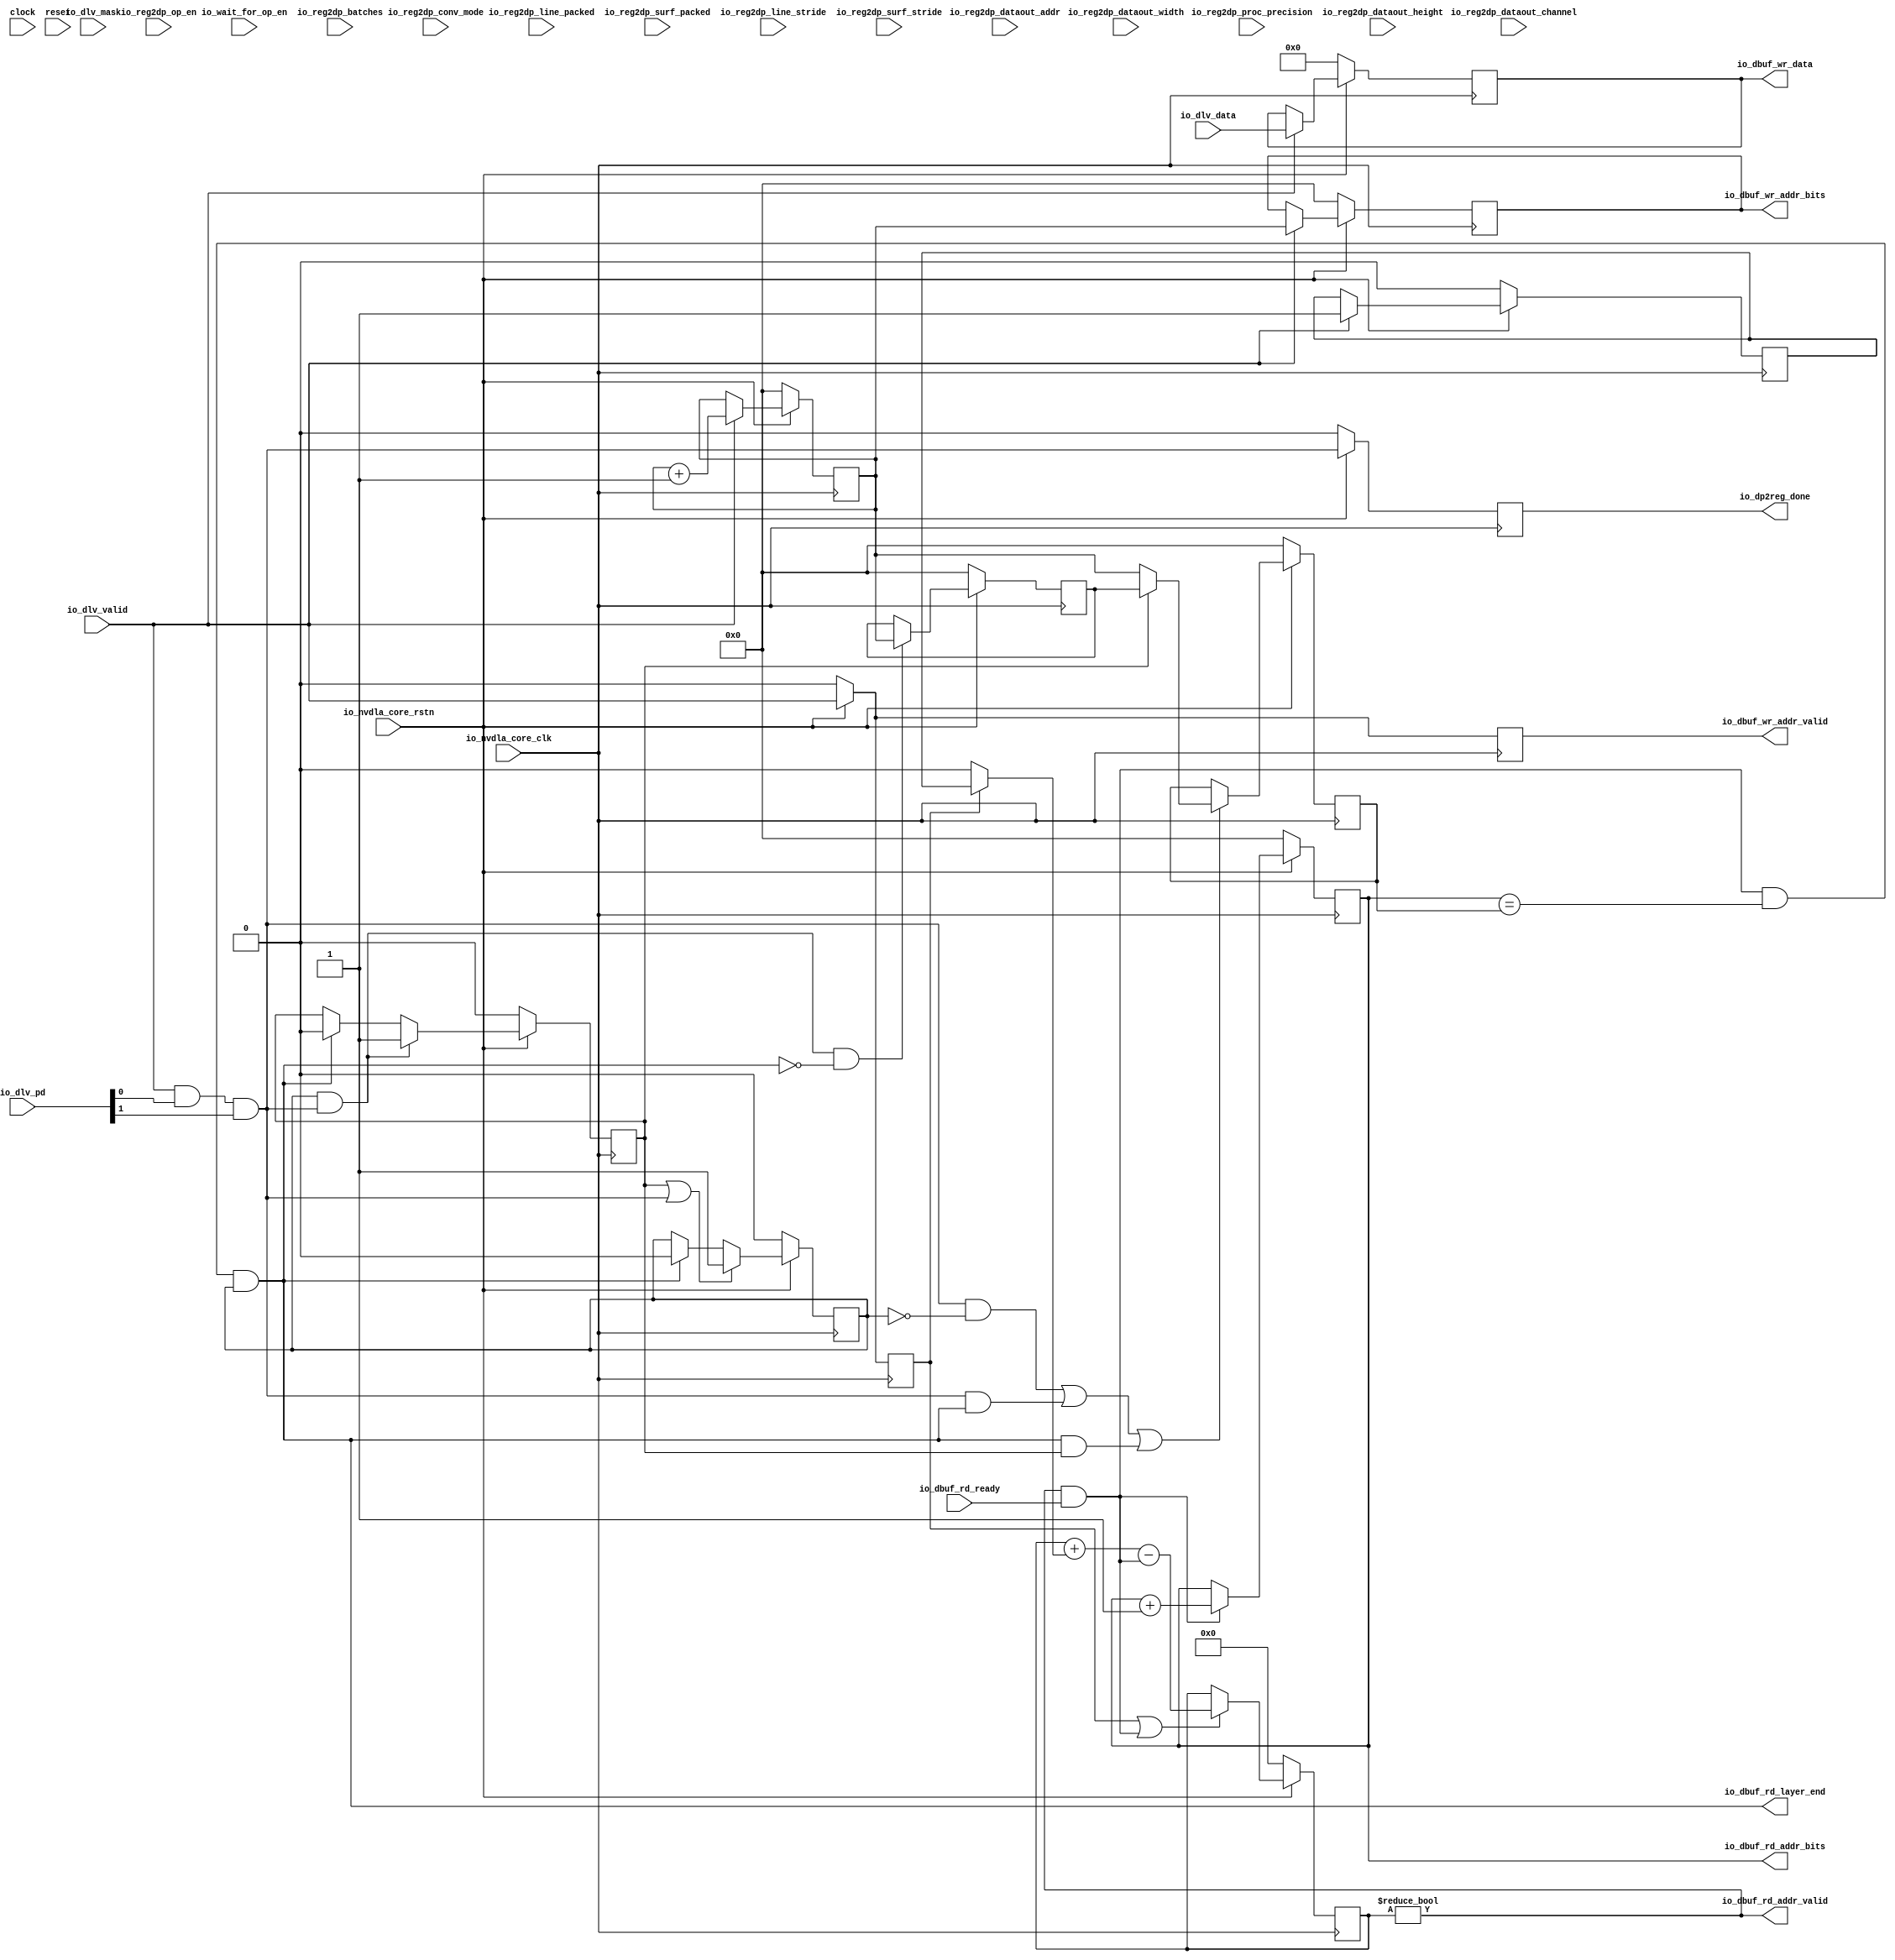
module NV_soDLA_CACC_delivery_ctrl_gate( // @[:@3.2]
  input           clock, // @[:@4.4]
  input           reset, // @[:@5.4]
  input           io_nvdla_core_clk, // @[:@6.4]
  input           io_nvdla_core_rstn, // @[:@6.4]
  input           io_dbuf_rd_ready, // @[:@6.4]
  output          io_dbuf_rd_addr_valid, // @[:@6.4]
  output [5:0]    io_dbuf_rd_addr_bits, // @[:@6.4]
  output          io_dbuf_rd_layer_end, // @[:@6.4]
  output          io_dbuf_wr_addr_valid, // @[:@6.4]
  output [5:0]    io_dbuf_wr_addr_bits, // @[:@6.4]
  output [1023:0] io_dbuf_wr_data, // @[:@6.4]
  output          io_dp2reg_done, // @[:@6.4]
  input  [1023:0] io_dlv_data, // @[:@6.4]
  input           io_dlv_mask, // @[:@6.4]
  input  [1:0]    io_dlv_pd, // @[:@6.4]
  input           io_dlv_valid, // @[:@6.4]
  input           io_wait_for_op_en, // @[:@6.4]
  input           io_reg2dp_op_en, // @[:@6.4]
  input           io_reg2dp_conv_mode, // @[:@6.4]
  input  [1:0]    io_reg2dp_proc_precision, // @[:@6.4]
  input  [12:0]   io_reg2dp_dataout_width, // @[:@6.4]
  input  [12:0]   io_reg2dp_dataout_height, // @[:@6.4]
  input  [12:0]   io_reg2dp_dataout_channel, // @[:@6.4]
  input  [26:0]   io_reg2dp_dataout_addr, // @[:@6.4]
  input           io_reg2dp_line_packed, // @[:@6.4]
  input           io_reg2dp_surf_packed, // @[:@6.4]
  input  [4:0]    io_reg2dp_batches, // @[:@6.4]
  input  [23:0]   io_reg2dp_line_stride, // @[:@6.4]
  input  [23:0]   io_reg2dp_surf_stride // @[:@6.4]
);
  wire  _T_60; // @[NV_soDLA_CACC_delivery_ctrl_gate.scala 70:38:@8.4]
  wire  dlv_stripe_end; // @[NV_soDLA_CACC_delivery_ctrl_gate.scala 75:31:@9.4]
  wire  dlv_layer_end; // @[NV_soDLA_CACC_delivery_ctrl_gate.scala 76:30:@10.4]
  reg [5:0] dbuf_wr_addr_pre; // @[NV_soDLA_CACC_delivery_ctrl_gate.scala 81:31:@11.4]
  reg [31:0] _RAND_0;
  reg [5:0] dbuf_wr_addr_out; // @[NV_soDLA_CACC_delivery_ctrl_gate.scala 82:31:@12.4]
  reg [31:0] _RAND_1;
  reg  dbuf_wr_en_out; // @[NV_soDLA_CACC_delivery_ctrl_gate.scala 83:29:@13.4]
  reg [31:0] _RAND_2;
  reg [1023:0] dbuf_wr_data_out; // @[NV_soDLA_CACC_delivery_ctrl_gate.scala 84:31:@14.4]
  reg [1023:0] _RAND_3;
  wire [6:0] _T_70; // @[NV_soDLA_CACC_delivery_ctrl_gate.scala 86:39:@15.4]
  wire [5:0] dbuf_wr_addr_w; // @[NV_soDLA_CACC_delivery_ctrl_gate.scala 86:39:@16.4]
  wire [5:0] _GEN_0; // @[NV_soDLA_CACC_delivery_ctrl_gate.scala 89:19:@18.4]
  wire [5:0] _GEN_1; // @[NV_soDLA_CACC_delivery_ctrl_gate.scala 89:19:@18.4]
  wire [1023:0] _GEN_2; // @[NV_soDLA_CACC_delivery_ctrl_gate.scala 89:19:@18.4]
  reg  dlv_data_add_valid; // @[NV_soDLA_CACC_delivery_ctrl_gate.scala 105:71:@27.4]
  reg [31:0] _RAND_4;
  reg  dlv_data_add_size; // @[NV_soDLA_CACC_delivery_ctrl_gate.scala 107:70:@29.4]
  reg [31:0] _RAND_5;
  wire  _GEN_3; // @[NV_soDLA_CACC_delivery_ctrl_gate.scala 114:30:@33.4]
  reg [63:0] dlv_data_avl; // @[NV_soDLA_CACC_delivery_ctrl_gate.scala 124:27:@37.4]
  reg [63:0] _RAND_6;
  wire  dlv_data_avl_add; // @[NV_soDLA_CACC_delivery_ctrl_gate.scala 126:27:@38.4]
  wire  dlv_pop; // @[NV_soDLA_CACC_delivery_ctrl_gate.scala 138:34:@50.4]
  wire [63:0] _GEN_8; // @[NV_soDLA_CACC_delivery_ctrl_gate.scala 129:35:@40.4]
  wire [64:0] _T_85; // @[NV_soDLA_CACC_delivery_ctrl_gate.scala 129:35:@40.4]
  wire [63:0] _T_86; // @[NV_soDLA_CACC_delivery_ctrl_gate.scala 129:35:@41.4]
  wire [63:0] _GEN_9; // @[NV_soDLA_CACC_delivery_ctrl_gate.scala 129:54:@42.4]
  wire [64:0] _T_87; // @[NV_soDLA_CACC_delivery_ctrl_gate.scala 129:54:@42.4]
  wire [64:0] _T_88; // @[NV_soDLA_CACC_delivery_ctrl_gate.scala 129:54:@43.4]
  wire [63:0] dlv_data_avl_w; // @[NV_soDLA_CACC_delivery_ctrl_gate.scala 129:54:@44.4]
  wire  _T_89; // @[NV_soDLA_CACC_delivery_ctrl_gate.scala 131:25:@45.4]
  wire [63:0] _GEN_4; // @[NV_soDLA_CACC_delivery_ctrl_gate.scala 131:46:@46.4]
  reg [5:0] dbuf_rd_addr_cnt; // @[NV_soDLA_CACC_delivery_ctrl_gate.scala 136:31:@49.4]
  reg [31:0] _RAND_7;
  wire [6:0] _T_94; // @[NV_soDLA_CACC_delivery_ctrl_gate.scala 139:45:@52.4]
  wire [5:0] dbuf_rd_addr_cnt_inc; // @[NV_soDLA_CACC_delivery_ctrl_gate.scala 139:45:@53.4]
  wire  _T_96; // @[NV_soDLA_CACC_delivery_ctrl_gate.scala 140:33:@54.4]
  wire  dbuf_empty; // @[NV_soDLA_CACC_delivery_ctrl_gate.scala 140:18:@55.4]
  wire [5:0] _GEN_5; // @[NV_soDLA_CACC_delivery_ctrl_gate.scala 144:14:@59.4]
  wire  _T_98; // @[NV_soDLA_CACC_delivery_ctrl_gate.scala 149:34:@62.4]
  wire  dp2reg_done_w; // @[NV_soDLA_CACC_delivery_ctrl_gate.scala 149:51:@63.4]
  reg  _T_101; // @[NV_soDLA_CACC_delivery_ctrl_gate.scala 150:26:@64.4]
  reg [31:0] _RAND_8;
  reg  dlv_end_tag0_vld; // @[NV_soDLA_CACC_delivery_ctrl_gate.scala 153:31:@67.4]
  reg [31:0] _RAND_9;
  reg  dlv_end_tag1_vld; // @[NV_soDLA_CACC_delivery_ctrl_gate.scala 154:31:@68.4]
  reg [31:0] _RAND_10;
  reg [5:0] dlv_end_tag0_addr; // @[NV_soDLA_CACC_delivery_ctrl_gate.scala 155:32:@69.4]
  reg [31:0] _RAND_11;
  reg [5:0] dlv_end_tag1_addr; // @[NV_soDLA_CACC_delivery_ctrl_gate.scala 156:32:@70.4]
  reg [31:0] _RAND_12;
  wire  _T_111; // @[NV_soDLA_CACC_delivery_ctrl_gate.scala 160:51:@73.4]
  wire  _T_112; // @[NV_soDLA_CACC_delivery_ctrl_gate.scala 160:27:@74.4]
  wire  dlv_end_clr; // @[NV_soDLA_CACC_delivery_ctrl_gate.scala 160:74:@75.4]
  wire  _T_113; // @[NV_soDLA_CACC_delivery_ctrl_gate.scala 161:47:@76.4]
  wire  _T_116; // @[NV_soDLA_CACC_delivery_ctrl_gate.scala 161:73:@77.4]
  wire  dlv_end_tag0_vld_w; // @[NV_soDLA_CACC_delivery_ctrl_gate.scala 161:29:@78.4]
  wire  _T_117; // @[NV_soDLA_CACC_delivery_ctrl_gate.scala 162:47:@79.4]
  wire  _T_120; // @[NV_soDLA_CACC_delivery_ctrl_gate.scala 162:73:@80.4]
  wire  dlv_end_tag1_vld_w; // @[NV_soDLA_CACC_delivery_ctrl_gate.scala 162:29:@81.4]
  wire  _T_121; // @[NV_soDLA_CACC_delivery_ctrl_gate.scala 163:38:@82.4]
  wire  _T_122; // @[NV_soDLA_CACC_delivery_ctrl_gate.scala 163:36:@83.4]
  wire  _T_123; // @[NV_soDLA_CACC_delivery_ctrl_gate.scala 163:72:@84.4]
  wire  _T_124; // @[NV_soDLA_CACC_delivery_ctrl_gate.scala 163:57:@85.4]
  wire  _T_125; // @[NV_soDLA_CACC_delivery_ctrl_gate.scala 163:101:@86.4]
  wire  dlv_end_tag0_en; // @[NV_soDLA_CACC_delivery_ctrl_gate.scala 163:87:@87.4]
  wire  _T_126; // @[NV_soDLA_CACC_delivery_ctrl_gate.scala 164:36:@88.4]
  wire  _T_127; // @[NV_soDLA_CACC_delivery_ctrl_gate.scala 164:57:@89.4]
  wire  dlv_end_tag1_en; // @[NV_soDLA_CACC_delivery_ctrl_gate.scala 164:55:@90.4]
  wire [5:0] dlv_end_tag0_addr_w; // @[NV_soDLA_CACC_delivery_ctrl_gate.scala 165:30:@91.4]
  wire [5:0] _GEN_6; // @[NV_soDLA_CACC_delivery_ctrl_gate.scala 171:22:@95.4]
  wire [5:0] _GEN_7; // @[NV_soDLA_CACC_delivery_ctrl_gate.scala 174:22:@98.4]
  assign _T_60 = io_nvdla_core_rstn == 1'h0; // @[NV_soDLA_CACC_delivery_ctrl_gate.scala 70:38:@8.4]
  assign dlv_stripe_end = io_dlv_pd[0]; // @[NV_soDLA_CACC_delivery_ctrl_gate.scala 75:31:@9.4]
  assign dlv_layer_end = io_dlv_pd[1]; // @[NV_soDLA_CACC_delivery_ctrl_gate.scala 76:30:@10.4]
  assign _T_70 = dbuf_wr_addr_pre + 6'h1; // @[NV_soDLA_CACC_delivery_ctrl_gate.scala 86:39:@15.4]
  assign dbuf_wr_addr_w = dbuf_wr_addr_pre + 6'h1; // @[NV_soDLA_CACC_delivery_ctrl_gate.scala 86:39:@16.4]
  assign _GEN_0 = io_dlv_valid ? dbuf_wr_addr_w : dbuf_wr_addr_pre; // @[NV_soDLA_CACC_delivery_ctrl_gate.scala 89:19:@18.4]
  assign _GEN_1 = io_dlv_valid ? dbuf_wr_addr_pre : dbuf_wr_addr_out; // @[NV_soDLA_CACC_delivery_ctrl_gate.scala 89:19:@18.4]
  assign _GEN_2 = io_dlv_valid ? io_dlv_data : dbuf_wr_data_out; // @[NV_soDLA_CACC_delivery_ctrl_gate.scala 89:19:@18.4]
  assign _GEN_3 = io_dlv_valid ? 1'h1 : dlv_data_add_size; // @[NV_soDLA_CACC_delivery_ctrl_gate.scala 114:30:@33.4]
  assign dlv_data_avl_add = dlv_data_add_valid ? dlv_data_add_size : 1'h0; // @[NV_soDLA_CACC_delivery_ctrl_gate.scala 126:27:@38.4]
  assign dlv_pop = io_dbuf_rd_addr_valid & io_dbuf_rd_ready; // @[NV_soDLA_CACC_delivery_ctrl_gate.scala 138:34:@50.4]
  assign _GEN_8 = {{63'd0}, dlv_data_avl_add}; // @[NV_soDLA_CACC_delivery_ctrl_gate.scala 129:35:@40.4]
  assign _T_85 = dlv_data_avl + _GEN_8; // @[NV_soDLA_CACC_delivery_ctrl_gate.scala 129:35:@40.4]
  assign _T_86 = dlv_data_avl + _GEN_8; // @[NV_soDLA_CACC_delivery_ctrl_gate.scala 129:35:@41.4]
  assign _GEN_9 = {{63'd0}, dlv_pop}; // @[NV_soDLA_CACC_delivery_ctrl_gate.scala 129:54:@42.4]
  assign _T_87 = _T_86 - _GEN_9; // @[NV_soDLA_CACC_delivery_ctrl_gate.scala 129:54:@42.4]
  assign _T_88 = $unsigned(_T_87); // @[NV_soDLA_CACC_delivery_ctrl_gate.scala 129:54:@43.4]
  assign dlv_data_avl_w = _T_88[63:0]; // @[NV_soDLA_CACC_delivery_ctrl_gate.scala 129:54:@44.4]
  assign _T_89 = dlv_data_add_valid | dlv_pop; // @[NV_soDLA_CACC_delivery_ctrl_gate.scala 131:25:@45.4]
  assign _GEN_4 = _T_89 ? dlv_data_avl_w : dlv_data_avl; // @[NV_soDLA_CACC_delivery_ctrl_gate.scala 131:46:@46.4]
  assign _T_94 = dbuf_rd_addr_cnt + 6'h1; // @[NV_soDLA_CACC_delivery_ctrl_gate.scala 139:45:@52.4]
  assign dbuf_rd_addr_cnt_inc = dbuf_rd_addr_cnt + 6'h1; // @[NV_soDLA_CACC_delivery_ctrl_gate.scala 139:45:@53.4]
  assign _T_96 = dlv_data_avl != 64'h0; // @[NV_soDLA_CACC_delivery_ctrl_gate.scala 140:33:@54.4]
  assign dbuf_empty = ~ _T_96; // @[NV_soDLA_CACC_delivery_ctrl_gate.scala 140:18:@55.4]
  assign _GEN_5 = dlv_pop ? dbuf_rd_addr_cnt_inc : dbuf_rd_addr_cnt; // @[NV_soDLA_CACC_delivery_ctrl_gate.scala 144:14:@59.4]
  assign _T_98 = io_dlv_valid & dlv_stripe_end; // @[NV_soDLA_CACC_delivery_ctrl_gate.scala 149:34:@62.4]
  assign dp2reg_done_w = _T_98 & dlv_layer_end; // @[NV_soDLA_CACC_delivery_ctrl_gate.scala 149:51:@63.4]
  assign _T_111 = io_dbuf_rd_addr_bits == dlv_end_tag0_addr; // @[NV_soDLA_CACC_delivery_ctrl_gate.scala 160:51:@73.4]
  assign _T_112 = dlv_pop & _T_111; // @[NV_soDLA_CACC_delivery_ctrl_gate.scala 160:27:@74.4]
  assign dlv_end_clr = _T_112 & dlv_end_tag0_vld; // @[NV_soDLA_CACC_delivery_ctrl_gate.scala 160:74:@75.4]
  assign _T_113 = dlv_end_tag1_vld | dp2reg_done_w; // @[NV_soDLA_CACC_delivery_ctrl_gate.scala 161:47:@76.4]
  assign _T_116 = dlv_end_clr ? 1'h0 : dlv_end_tag0_vld; // @[NV_soDLA_CACC_delivery_ctrl_gate.scala 161:73:@77.4]
  assign dlv_end_tag0_vld_w = _T_113 ? 1'h1 : _T_116; // @[NV_soDLA_CACC_delivery_ctrl_gate.scala 161:29:@78.4]
  assign _T_117 = dlv_end_tag0_vld & dp2reg_done_w; // @[NV_soDLA_CACC_delivery_ctrl_gate.scala 162:47:@79.4]
  assign _T_120 = dlv_end_clr ? 1'h0 : dlv_end_tag1_vld; // @[NV_soDLA_CACC_delivery_ctrl_gate.scala 162:73:@80.4]
  assign dlv_end_tag1_vld_w = _T_117 ? 1'h1 : _T_120; // @[NV_soDLA_CACC_delivery_ctrl_gate.scala 162:29:@81.4]
  assign _T_121 = ~ dlv_end_tag0_vld; // @[NV_soDLA_CACC_delivery_ctrl_gate.scala 163:38:@82.4]
  assign _T_122 = dp2reg_done_w & _T_121; // @[NV_soDLA_CACC_delivery_ctrl_gate.scala 163:36:@83.4]
  assign _T_123 = dp2reg_done_w & dlv_end_clr; // @[NV_soDLA_CACC_delivery_ctrl_gate.scala 163:72:@84.4]
  assign _T_124 = _T_122 | _T_123; // @[NV_soDLA_CACC_delivery_ctrl_gate.scala 163:57:@85.4]
  assign _T_125 = dlv_end_clr & dlv_end_tag1_vld; // @[NV_soDLA_CACC_delivery_ctrl_gate.scala 163:101:@86.4]
  assign dlv_end_tag0_en = _T_124 | _T_125; // @[NV_soDLA_CACC_delivery_ctrl_gate.scala 163:87:@87.4]
  assign _T_126 = dp2reg_done_w & dlv_end_tag0_vld; // @[NV_soDLA_CACC_delivery_ctrl_gate.scala 164:36:@88.4]
  assign _T_127 = ~ dlv_end_clr; // @[NV_soDLA_CACC_delivery_ctrl_gate.scala 164:57:@89.4]
  assign dlv_end_tag1_en = _T_126 & _T_127; // @[NV_soDLA_CACC_delivery_ctrl_gate.scala 164:55:@90.4]
  assign dlv_end_tag0_addr_w = dlv_end_tag1_vld ? dlv_end_tag1_addr : dbuf_wr_addr_pre; // @[NV_soDLA_CACC_delivery_ctrl_gate.scala 165:30:@91.4]
  assign _GEN_6 = dlv_end_tag0_en ? dlv_end_tag0_addr_w : dlv_end_tag0_addr; // @[NV_soDLA_CACC_delivery_ctrl_gate.scala 171:22:@95.4]
  assign _GEN_7 = dlv_end_tag1_en ? dbuf_wr_addr_pre : dlv_end_tag1_addr; // @[NV_soDLA_CACC_delivery_ctrl_gate.scala 174:22:@98.4]
  assign io_dbuf_rd_addr_valid = ~ dbuf_empty; // @[NV_soDLA_CACC_delivery_ctrl_gate.scala 141:23:@57.4]
  assign io_dbuf_rd_addr_bits = dbuf_rd_addr_cnt; // @[NV_soDLA_CACC_delivery_ctrl_gate.scala 142:22:@58.4]
  assign io_dbuf_rd_layer_end = _T_112 & dlv_end_tag0_vld; // @[NV_soDLA_CACC_delivery_ctrl_gate.scala 167:22:@92.4]
  assign io_dbuf_wr_addr_valid = dbuf_wr_en_out; // @[NV_soDLA_CACC_delivery_ctrl_gate.scala 95:23:@23.4]
  assign io_dbuf_wr_addr_bits = dbuf_wr_addr_out; // @[NV_soDLA_CACC_delivery_ctrl_gate.scala 96:22:@24.4]
  assign io_dbuf_wr_data = dbuf_wr_data_out; // @[NV_soDLA_CACC_delivery_ctrl_gate.scala 97:17:@25.4]
  assign io_dp2reg_done = _T_101; // @[NV_soDLA_CACC_delivery_ctrl_gate.scala 150:16:@66.4]
`ifdef RANDOMIZE_GARBAGE_ASSIGN
`define RANDOMIZE
`endif
`ifdef RANDOMIZE_INVALID_ASSIGN
`define RANDOMIZE
`endif
`ifdef RANDOMIZE_REG_INIT
`define RANDOMIZE
`endif
`ifdef RANDOMIZE_MEM_INIT
`define RANDOMIZE
`endif
`ifndef RANDOM
`define RANDOM $random
`endif
`ifdef RANDOMIZE
  integer initvar;
  initial begin
    `ifdef INIT_RANDOM
      `INIT_RANDOM
    `endif
    `ifndef VERILATOR
      #0.002 begin end
    `endif
  `ifdef RANDOMIZE_REG_INIT
  _RAND_0 = {1{`RANDOM}};
  dbuf_wr_addr_pre = _RAND_0[5:0];
  `endif // RANDOMIZE_REG_INIT
  `ifdef RANDOMIZE_REG_INIT
  _RAND_1 = {1{`RANDOM}};
  dbuf_wr_addr_out = _RAND_1[5:0];
  `endif // RANDOMIZE_REG_INIT
  `ifdef RANDOMIZE_REG_INIT
  _RAND_2 = {1{`RANDOM}};
  dbuf_wr_en_out = _RAND_2[0:0];
  `endif // RANDOMIZE_REG_INIT
  `ifdef RANDOMIZE_REG_INIT
  _RAND_3 = {32{`RANDOM}};
  dbuf_wr_data_out = _RAND_3[1023:0];
  `endif // RANDOMIZE_REG_INIT
  `ifdef RANDOMIZE_REG_INIT
  _RAND_4 = {1{`RANDOM}};
  dlv_data_add_valid = _RAND_4[0:0];
  `endif // RANDOMIZE_REG_INIT
  `ifdef RANDOMIZE_REG_INIT
  _RAND_5 = {1{`RANDOM}};
  dlv_data_add_size = _RAND_5[0:0];
  `endif // RANDOMIZE_REG_INIT
  `ifdef RANDOMIZE_REG_INIT
  _RAND_6 = {2{`RANDOM}};
  dlv_data_avl = _RAND_6[63:0];
  `endif // RANDOMIZE_REG_INIT
  `ifdef RANDOMIZE_REG_INIT
  _RAND_7 = {1{`RANDOM}};
  dbuf_rd_addr_cnt = _RAND_7[5:0];
  `endif // RANDOMIZE_REG_INIT
  `ifdef RANDOMIZE_REG_INIT
  _RAND_8 = {1{`RANDOM}};
  _T_101 = _RAND_8[0:0];
  `endif // RANDOMIZE_REG_INIT
  `ifdef RANDOMIZE_REG_INIT
  _RAND_9 = {1{`RANDOM}};
  dlv_end_tag0_vld = _RAND_9[0:0];
  `endif // RANDOMIZE_REG_INIT
  `ifdef RANDOMIZE_REG_INIT
  _RAND_10 = {1{`RANDOM}};
  dlv_end_tag1_vld = _RAND_10[0:0];
  `endif // RANDOMIZE_REG_INIT
  `ifdef RANDOMIZE_REG_INIT
  _RAND_11 = {1{`RANDOM}};
  dlv_end_tag0_addr = _RAND_11[5:0];
  `endif // RANDOMIZE_REG_INIT
  `ifdef RANDOMIZE_REG_INIT
  _RAND_12 = {1{`RANDOM}};
  dlv_end_tag1_addr = _RAND_12[5:0];
  `endif // RANDOMIZE_REG_INIT
  end
`endif // RANDOMIZE
  always @(posedge io_nvdla_core_clk) begin
    if (_T_60) begin
      dbuf_wr_addr_pre <= 6'h0;
    end else begin
      if (io_dlv_valid) begin
        dbuf_wr_addr_pre <= dbuf_wr_addr_w;
      end
    end
    if (_T_60) begin
      dbuf_wr_addr_out <= 6'h0;
    end else begin
      if (io_dlv_valid) begin
        dbuf_wr_addr_out <= dbuf_wr_addr_pre;
      end
    end
    if (_T_60) begin
      dbuf_wr_en_out <= 1'h0;
    end else begin
      dbuf_wr_en_out <= io_dlv_valid;
    end
    if (_T_60) begin
      dbuf_wr_data_out <= 1024'h0;
    end else begin
      if (io_dlv_valid) begin
        dbuf_wr_data_out <= io_dlv_data;
      end
    end
    if (_T_60) begin
      dlv_data_add_valid <= 1'h0;
    end else begin
      dlv_data_add_valid <= io_dlv_valid;
    end
    if (_T_60) begin
      dlv_data_add_size <= 1'h0;
    end else begin
      if (io_dlv_valid) begin
        dlv_data_add_size <= 1'h1;
      end
    end
    if (_T_60) begin
      dlv_data_avl <= 64'h0;
    end else begin
      if (_T_89) begin
        dlv_data_avl <= dlv_data_avl_w;
      end
    end
    if (_T_60) begin
      dbuf_rd_addr_cnt <= 6'h0;
    end else begin
      if (dlv_pop) begin
        dbuf_rd_addr_cnt <= dbuf_rd_addr_cnt_inc;
      end
    end
    if (_T_60) begin
      _T_101 <= 1'h0;
    end else begin
      _T_101 <= dp2reg_done_w;
    end
    if (_T_60) begin
      dlv_end_tag0_vld <= 1'h0;
    end else begin
      if (_T_113) begin
        dlv_end_tag0_vld <= 1'h1;
      end else begin
        if (dlv_end_clr) begin
          dlv_end_tag0_vld <= 1'h0;
        end
      end
    end
    if (_T_60) begin
      dlv_end_tag1_vld <= 1'h0;
    end else begin
      if (_T_117) begin
        dlv_end_tag1_vld <= 1'h1;
      end else begin
        if (dlv_end_clr) begin
          dlv_end_tag1_vld <= 1'h0;
        end
      end
    end
    if (_T_60) begin
      dlv_end_tag0_addr <= 6'h0;
    end else begin
      if (dlv_end_tag0_en) begin
        if (dlv_end_tag1_vld) begin
          dlv_end_tag0_addr <= dlv_end_tag1_addr;
        end else begin
          dlv_end_tag0_addr <= dbuf_wr_addr_pre;
        end
      end
    end
    if (_T_60) begin
      dlv_end_tag1_addr <= 6'h0;
    end else begin
      if (dlv_end_tag1_en) begin
        dlv_end_tag1_addr <= dbuf_wr_addr_pre;
      end
    end
  end
endmodule